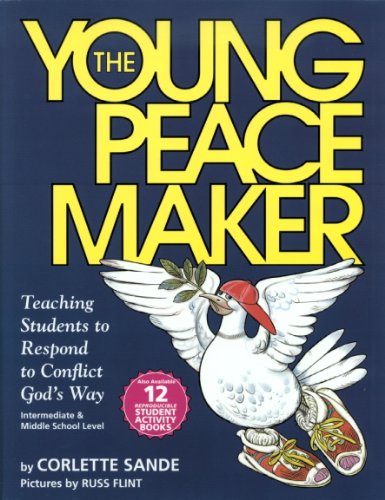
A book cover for The Young Peacemaker: Teaching Students to Respond to Conflict in God's Way; Corlette Sande; Parenting & Relationships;